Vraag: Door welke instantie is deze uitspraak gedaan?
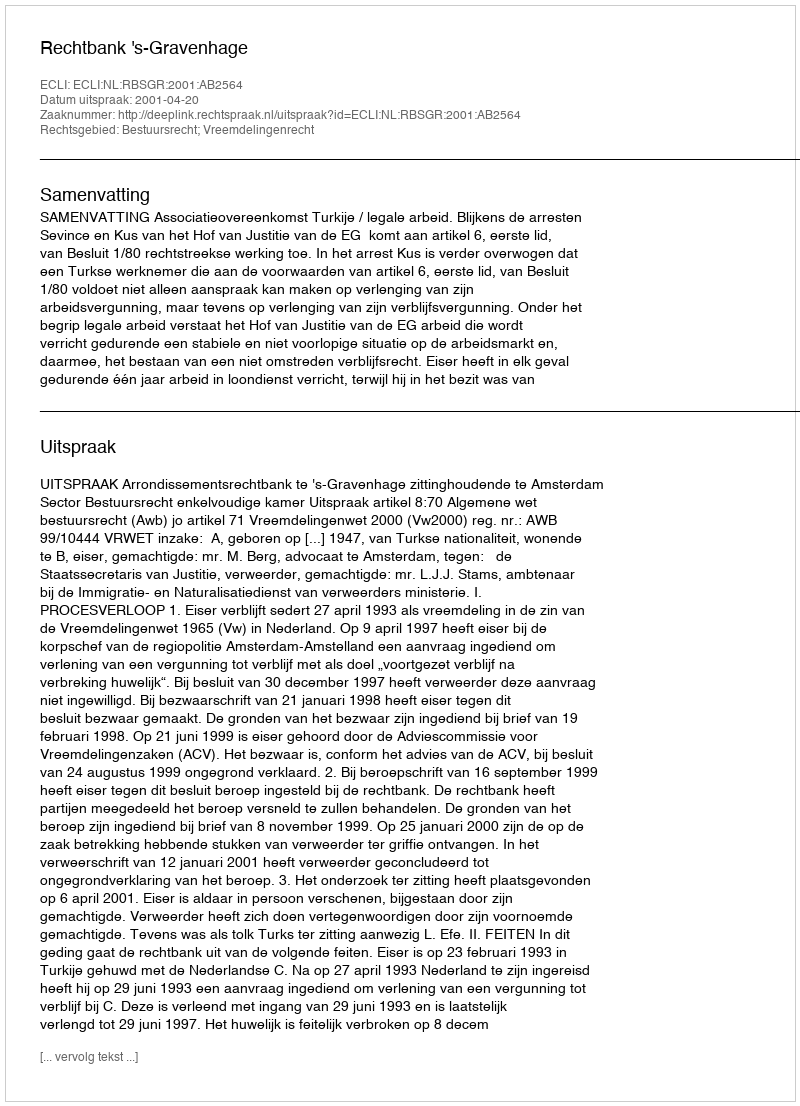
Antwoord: Rechtbank 's-Gravenhage